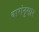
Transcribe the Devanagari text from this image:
वारांनुसार